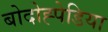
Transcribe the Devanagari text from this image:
बोदोह्पेडिया